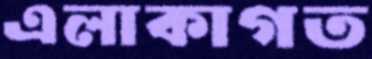
এলাকাগত